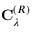
\mathbf { C } _ { \lambda } ^ { ( R ) }